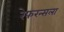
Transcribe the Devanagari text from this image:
रेफरन्सला